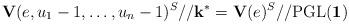
LaTeX: \begin{align*} \mathbf{V}(e,u_1-1,\ldots,u_n-1)^{S}//\mathbf{k}^*=\mathbf{V}(e)^{S}//\mathrm{PGL(\mathbf{1})} \end{align*}